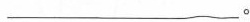
___。